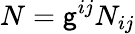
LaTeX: N=\mathsf{g}^{ij}N_{ij}